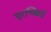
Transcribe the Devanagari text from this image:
पुरच्छिदं